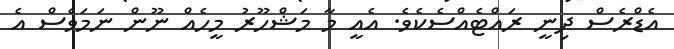
އެޑްރެސް ދިނީ ރައްޓެއްސެކެވެ. އެއީ މާ މަޝްހޫރު މީހެއް ނޫން ނަމަވެސް އެ